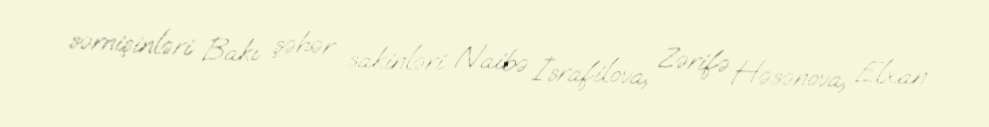
sərnişinləri Bakı şəhər sakinləri Naibə İsrafilova, Zərifə Həsənova, Elxan